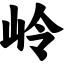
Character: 岭